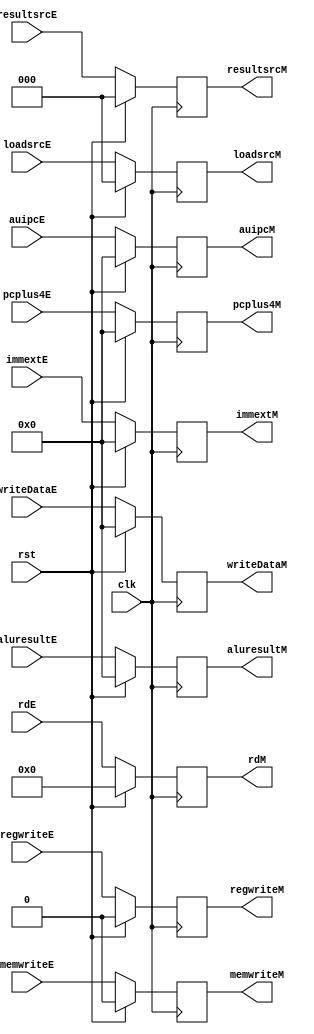
`timescale 1ns / 1ps
//////////////////////////////////////////////////////////////////////////////////
// Company: 
// Engineer: 
// 
// Design Name: 
// Module Name: RegEX_MM
// Project Name: 
// Target Devices: 
// Tool Versions: 
// Description: 
// 
// Dependencies: 
// 
// Revision:
// Revision 0.01 - File Created
// Additional Comments:
// 
//////////////////////////////////////////////////////////////////////////////////


module RegEX_MM(clk, rst,regwriteE, memwriteE,rdE,aluresultE, writeDataE, auipcE,
                 immextE, pcplus4E,resultsrcE, loadsrcE, 
                 //output
                 regwriteM, memwriteM,rdM,aluresultM, writeDataM, auipcM,
                 immextM, pcplus4M,resultsrcM, loadsrcM
                 );
    input clk, rst;
    input regwriteE, memwriteE;
    input [2:0] resultsrcE, loadsrcE;
    input [4:0] rdE;
    input [31:0] aluresultE, writeDataE, auipcE,
                 immextE, pcplus4E; 
    
    output reg regwriteM, memwriteM;
    output reg [2:0] resultsrcM, loadsrcM;
    output reg [4:0] rdM;
    output reg [31:0] aluresultM, writeDataM, auipcM,
                 immextM, pcplus4M;
                 
     always@(posedge clk) begin
        if(rst) begin
            regwriteM <= 1'b0;
            memwriteM <= 1'b0;
            rdM <= 5'b0;
            aluresultM  <= 32'b0;
            writeDataM  <= 32'b0;
            auipcM <= 32'b0;
            immextM <= 32'b0;
            pcplus4M <= 32'b0;
            resultsrcM <= 32'b0;
            loadsrcM <= 3'b0;
        end
        else begin
            regwriteM <= regwriteE;
            memwriteM <= memwriteE;
            rdM <= rdE;
            aluresultM  <= aluresultE;
            writeDataM  <= writeDataE;
            auipcM <= auipcE;
            immextM <= immextE;
            pcplus4M <= pcplus4E;
            resultsrcM <= resultsrcE;
            loadsrcM <= loadsrcE;
        end
            
     end    
                 
endmodule